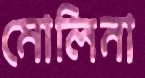
মোলিনা